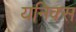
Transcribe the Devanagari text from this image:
यनिक्स